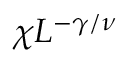
\chi L ^ { - \gamma / \nu }